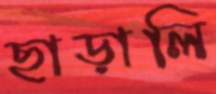
ছাড়ালি